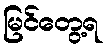
မြင်တွေ့ရ